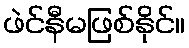
ဖဲင်နီမဖြစ်နိုင်။